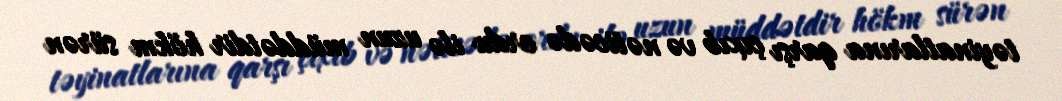
təyinatlarına qarşı çıxıb və nəticədə ordu ilə uzun müddətdir hökm sürən